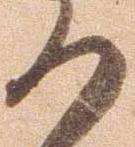
の